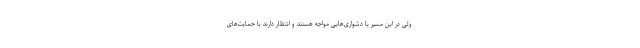
ولی در این مسیر با دشواری‌هایی مواجه هستند و انتظار دارند با حمایت‌های